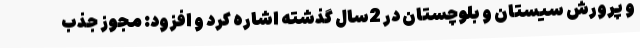
و پرورش سیستان و بلوچستان در 2سال گذشته اشاره کرد و افزود: مجوز جذب